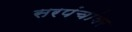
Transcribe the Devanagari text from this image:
सरपंचांवर